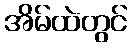
အိမ်ထဲတွင်